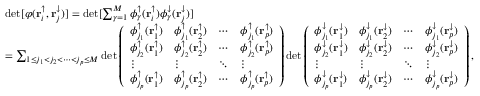
\begin{array} { r l } & { \operatorname* { d e t } [ \varphi ( \mathbf { r } _ { i } ^ { \uparrow } , \mathbf { r } _ { j } ^ { \downarrow } ) ] = \operatorname* { d e t } [ \sum _ { \gamma = 1 } ^ { M } \phi _ { \gamma } ^ { \uparrow } ( \mathbf { r } _ { i } ^ { \uparrow } ) \phi _ { \gamma } ^ { \downarrow } ( \mathbf { r } _ { j } ^ { \downarrow } ) ] } \\ & { = \sum _ { 1 \le j _ { 1 } < j _ { 2 } < \cdots < j _ { p } \le M } \operatorname* { d e t } \left( \begin{array} { l l l l } { \phi _ { j _ { 1 } } ^ { \uparrow } ( \mathbf { r } _ { 1 } ^ { \uparrow } ) } & { \phi _ { j _ { 1 } } ^ { \uparrow } ( \mathbf { r } _ { 2 } ^ { \uparrow } ) } & { \cdots } & { \phi _ { j _ { 1 } } ^ { \uparrow } ( \mathbf { r } _ { p } ^ { \uparrow } ) } \\ { \phi _ { j _ { 2 } } ^ { \uparrow } ( \mathbf { r } _ { 1 } ^ { \uparrow } ) } & { \phi _ { j _ { 2 } } ^ { \uparrow } ( \mathbf { r } _ { 2 } ^ { \uparrow } ) } & { \cdots } & { \phi _ { j _ { 2 } } ^ { \uparrow } ( \mathbf { r } _ { p } ^ { \uparrow } ) } \\ { \vdots } & { \vdots } & { \ddots } & { \vdots } \\ { \phi _ { j _ { p } } ^ { \uparrow } ( \mathbf { r } _ { 1 } ^ { \uparrow } ) } & { \phi _ { j _ { p } } ^ { \uparrow } ( \mathbf { r } _ { 2 } ^ { \uparrow } ) } & { \cdots } & { \phi _ { j _ { p } } ^ { \uparrow } ( \mathbf { r } _ { p } ^ { \uparrow } ) } \end{array} \right) \operatorname* { d e t } \left( \begin{array} { l l l l } { \phi _ { j _ { 1 } } ^ { \downarrow } ( \mathbf { r } _ { 1 } ^ { \downarrow } ) } & { \phi _ { j _ { 1 } } ^ { \downarrow } ( \mathbf { r } _ { 2 } ^ { \downarrow } ) } & { \cdots } & { \phi _ { j _ { 1 } } ^ { \downarrow } ( \mathbf { r } _ { p } ^ { \downarrow } ) } \\ { \phi _ { j _ { 2 } } ^ { \downarrow } ( \mathbf { r } _ { 1 } ^ { \downarrow } ) } & { \phi _ { j _ { 2 } } ^ { \downarrow } ( \mathbf { r } _ { 2 } ^ { \downarrow } ) } & { \cdots } & { \phi _ { j _ { 2 } } ^ { \downarrow } ( \mathbf { r } _ { p } ^ { \downarrow } ) } \\ { \vdots } & { \vdots } & { \ddots } & { \vdots } \\ { \phi _ { j _ { p } } ^ { \downarrow } ( \mathbf { r } _ { 1 } ^ { \downarrow } ) } & { \phi _ { j _ { p } } ^ { \downarrow } ( \mathbf { r } _ { 2 } ^ { \downarrow } ) } & { \cdots } & { \phi _ { j _ { p } } ^ { \downarrow } ( \mathbf { r } _ { p } ^ { \downarrow } ) } \end{array} \right) , } \end{array}